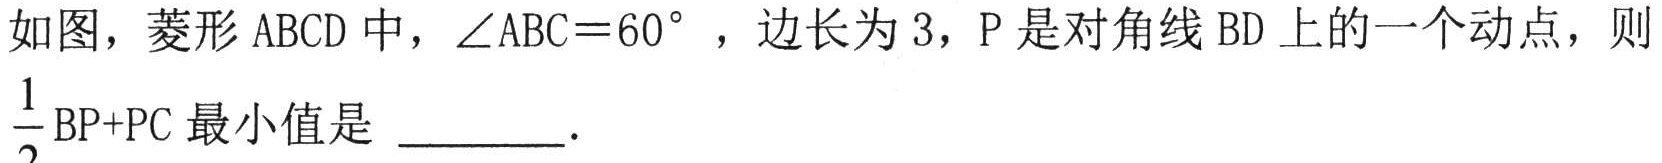
如图，菱形\(ABCD\)中，\(\angle ABC = 60^{\circ}\)，边长为\(3\)，\(P\)是对角线\(BD\)上的一个动点，则\(\frac{1}{2}\text{BP}+\text{PC}\)最小值是 \_\_\_\_\_ .